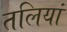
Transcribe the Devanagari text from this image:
तलियां